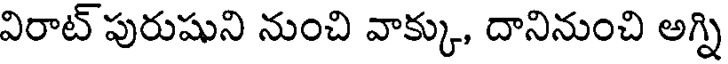
విరాట్ పురుషుని నుంచి వాక్కు, దానినుంచి అగ్ని